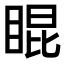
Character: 𥇊